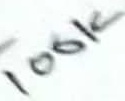
Text: 100K